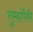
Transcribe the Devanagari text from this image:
तुम्हांपैकी